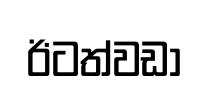
ඊටත්වඩා